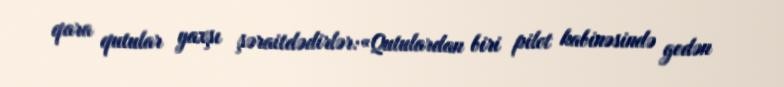
qara qutular yaxşı şəraitdədirlər:«Qutulardan biri pilot kabinəsində gedən